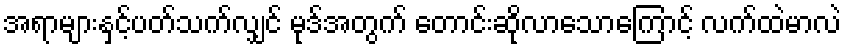
အရာများနှင့်ပတ်သက်လျှင် မုဒ်အတွက် တောင်းဆိုလာသောကြောင့် လက်ထဲမာလဲ